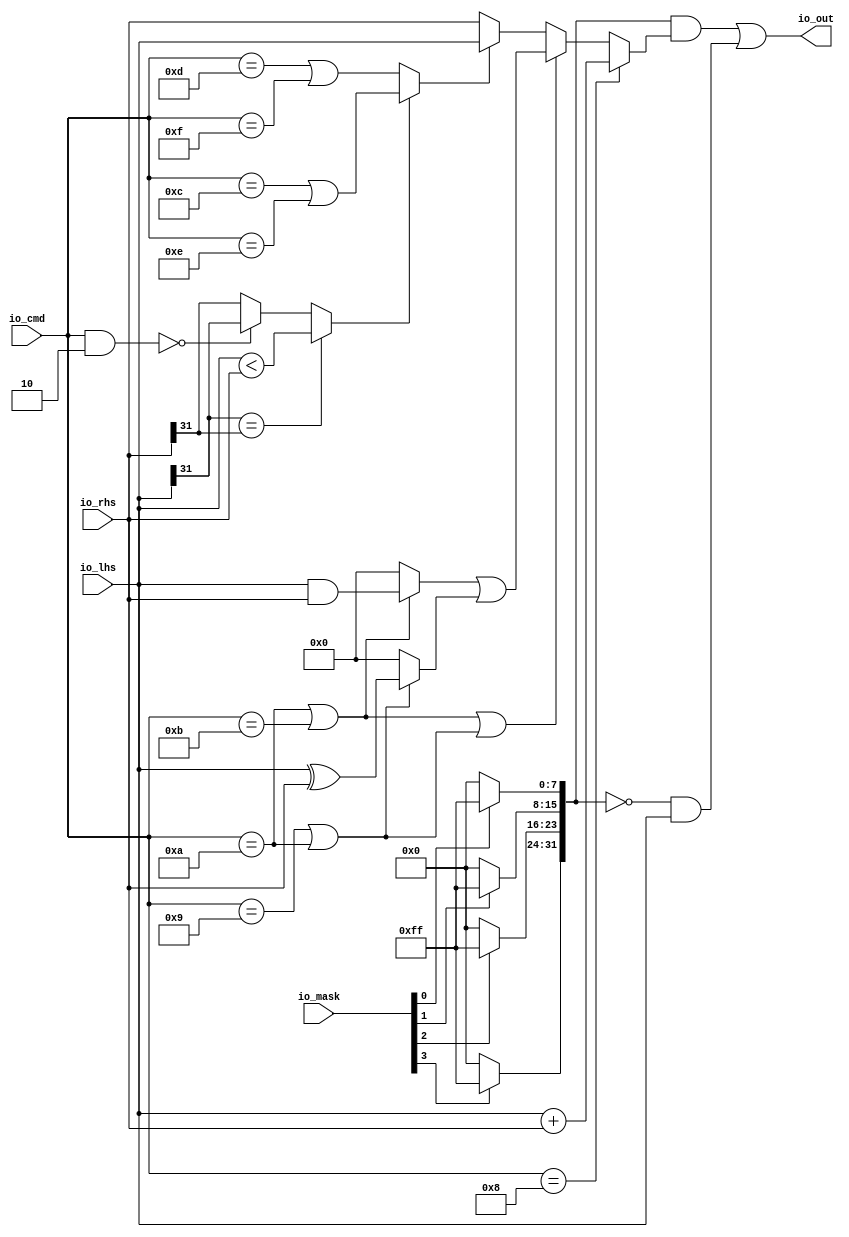
// Copyright (c) 2017, Microsemi Corporation
// All rights reserved.
//
// Redistribution and use in source and binary forms, with or without
// modification, are permitted provided that the following conditions are met:
//     * Redistributions of source code must retain the above copyright
//       notice, this list of conditions and the following disclaimer.
//     * Redistributions in binary form must reproduce the above copyright
//       notice, this list of conditions and the following disclaimer in the
//       documentation and/or other materials provided with the distribution.
//     * Neither the name of the <organization> nor the
//       names of its contributors may be used to endorse or promote products
//       derived from this software without specific prior written permission.
//
// THIS SOFTWARE IS PROVIDED BY THE COPYRIGHT HOLDERS AND CONTRIBUTORS "AS IS" AND
// ANY EXPRESS OR IMPLIED WARRANTIES, INCLUDING, BUT NOT LIMITED TO, THE IMPLIED
// WARRANTIES OF MERCHANTABILITY AND FITNESS FOR A PARTICULAR PURPOSE ARE
// DISCLAIMED. IN NO EVENT SHALL MICROSEMI CORPORATIONM BE LIABLE FOR ANY
// DIRECT, INDIRECT, INCIDENTAL, SPECIAL, EXEMPLARY, OR CONSEQUENTIAL DAMAGES
// (INCLUDING, BUT NOT LIMITED TO, PROCUREMENT OF SUBSTITUTE GOODS OR SERVICES;
// LOSS OF USE, DATA, OR PROFITS; OR BUSINESS INTERRUPTION) HOWEVER CAUSED AND
// ON ANY THEORY OF LIABILITY, WHETHER IN CONTRACT, STRICT LIABILITY, OR TORT
// (INCLUDING NEGLIGENCE OR OTHERWISE) ARISING IN ANY WAY OUT OF THE USE OF THIS
// SOFTWARE, EVEN IF ADVISED OF THE POSSIBILITY OF SUCH DAMAGE.
//
// APACHE LICENSE
// Copyright (c) 2017, Microsemi Corporation 
//
// Licensed under the Apache License, Version 2.0 (the "License");
// you may not use this file except in compliance with the License.
// You may obtain a copy of the License at
//
//    http://www.apache.org/licenses/LICENSE-2.0
//
// Unless required by applicable law or agreed to in writing, software
// distributed under the License is distributed on an "AS IS" BASIS,
// WITHOUT WARRANTIES OR CONDITIONS OF ANY KIND, either express or implied.
// See the License for the specific language governing permissions and
// limitations under the License.
//
// Description:
//
// SVN Revision Information:
// SVN $Revision: $
// SVN $Date: $
//
// Resolved SARs
// SAR      Date     Who   Description
//
// Notes:
//
// ****************************************************************************/
`ifndef RANDOMIZE_REG_INIT 
	 `define RANDOMIZE_REG_INIT 
 `endif
`ifndef RANDOMIZE_MEM_INIT 
	 `define RANDOMIZE_MEM_INIT 
 `endif
`ifndef RANDOMIZE 
	 `define RANDOMIZE 
`endif

`timescale 1ns/10ps
module MiV_AXI_MiV_AXI_0_MIV_RV32IMA_L1_AXI_AMOALU( // @[:freechips.rocketchip.system.MivRV32ImaL1AhbConfig.fir@101537.2]
  input  [3:0]  io_mask, // @[:freechips.rocketchip.system.MivRV32ImaL1AhbConfig.fir@101540.4]
  input  [4:0]  io_cmd, // @[:freechips.rocketchip.system.MivRV32ImaL1AhbConfig.fir@101540.4]
  input  [31:0] io_lhs, // @[:freechips.rocketchip.system.MivRV32ImaL1AhbConfig.fir@101540.4]
  input  [31:0] io_rhs, // @[:freechips.rocketchip.system.MivRV32ImaL1AhbConfig.fir@101540.4]
  output [31:0] io_out // @[:freechips.rocketchip.system.MivRV32ImaL1AhbConfig.fir@101540.4]
);
  wire  _T_8; // @[AMOALU.scala 61:20:freechips.rocketchip.system.MivRV32ImaL1AhbConfig.fir@101545.4]
  wire  _T_10; // @[AMOALU.scala 61:43:freechips.rocketchip.system.MivRV32ImaL1AhbConfig.fir@101546.4]
  wire  max; // @[AMOALU.scala 61:33:freechips.rocketchip.system.MivRV32ImaL1AhbConfig.fir@101547.4]
  wire  _T_12; // @[AMOALU.scala 62:20:freechips.rocketchip.system.MivRV32ImaL1AhbConfig.fir@101548.4]
  wire  _T_14; // @[AMOALU.scala 62:43:freechips.rocketchip.system.MivRV32ImaL1AhbConfig.fir@101549.4]
  wire  min; // @[AMOALU.scala 62:33:freechips.rocketchip.system.MivRV32ImaL1AhbConfig.fir@101550.4]
  wire  add; // @[AMOALU.scala 63:20:freechips.rocketchip.system.MivRV32ImaL1AhbConfig.fir@101551.4]
  wire  _T_17; // @[AMOALU.scala 64:26:freechips.rocketchip.system.MivRV32ImaL1AhbConfig.fir@101552.4]
  wire  _T_19; // @[AMOALU.scala 64:48:freechips.rocketchip.system.MivRV32ImaL1AhbConfig.fir@101553.4]
  wire  logic_and; // @[AMOALU.scala 64:38:freechips.rocketchip.system.MivRV32ImaL1AhbConfig.fir@101554.4]
  wire  _T_21; // @[AMOALU.scala 65:26:freechips.rocketchip.system.MivRV32ImaL1AhbConfig.fir@101555.4]
  wire  logic_xor; // @[AMOALU.scala 65:39:freechips.rocketchip.system.MivRV32ImaL1AhbConfig.fir@101557.4]
  wire [32:0] _T_24; // @[AMOALU.scala 68:35:freechips.rocketchip.system.MivRV32ImaL1AhbConfig.fir@101558.4]
  wire [31:0] adder_out; // @[AMOALU.scala 68:35:freechips.rocketchip.system.MivRV32ImaL1AhbConfig.fir@101559.4]
  wire [4:0] _T_28; // @[AMOALU.scala 77:15:freechips.rocketchip.system.MivRV32ImaL1AhbConfig.fir@101561.4]
  wire  _T_31; // @[AMOALU.scala 77:23:freechips.rocketchip.system.MivRV32ImaL1AhbConfig.fir@101563.4]
  wire  _T_32; // @[AMOALU.scala 81:17:freechips.rocketchip.system.MivRV32ImaL1AhbConfig.fir@101564.4]
  wire  _T_33; // @[AMOALU.scala 81:32:freechips.rocketchip.system.MivRV32ImaL1AhbConfig.fir@101565.4]
  wire  _T_34; // @[AMOALU.scala 81:22:freechips.rocketchip.system.MivRV32ImaL1AhbConfig.fir@101566.4]
  wire  _T_35; // @[AMOALU.scala 81:45:freechips.rocketchip.system.MivRV32ImaL1AhbConfig.fir@101567.4]
  wire  _T_38; // @[AMOALU.scala 81:58:freechips.rocketchip.system.MivRV32ImaL1AhbConfig.fir@101570.4]
  wire  less; // @[AMOALU.scala 81:10:freechips.rocketchip.system.MivRV32ImaL1AhbConfig.fir@101571.4]
  wire  _T_39; // @[AMOALU.scala 95:23:freechips.rocketchip.system.MivRV32ImaL1AhbConfig.fir@101572.4]
  wire [31:0] minmax; // @[AMOALU.scala 95:19:freechips.rocketchip.system.MivRV32ImaL1AhbConfig.fir@101573.4]
  wire [31:0] _T_40; // @[AMOALU.scala 97:27:freechips.rocketchip.system.MivRV32ImaL1AhbConfig.fir@101574.4]
  wire [31:0] _T_42; // @[AMOALU.scala 97:8:freechips.rocketchip.system.MivRV32ImaL1AhbConfig.fir@101575.4]
  wire [31:0] _T_43; // @[AMOALU.scala 98:27:freechips.rocketchip.system.MivRV32ImaL1AhbConfig.fir@101576.4]
  wire [31:0] _T_45; // @[AMOALU.scala 98:8:freechips.rocketchip.system.MivRV32ImaL1AhbConfig.fir@101577.4]
  wire [31:0] logic$; // @[AMOALU.scala 97:42:freechips.rocketchip.system.MivRV32ImaL1AhbConfig.fir@101578.4]
  wire  _T_46; // @[AMOALU.scala 101:19:freechips.rocketchip.system.MivRV32ImaL1AhbConfig.fir@101579.4]
  wire [31:0] _T_47; // @[AMOALU.scala 101:8:freechips.rocketchip.system.MivRV32ImaL1AhbConfig.fir@101580.4]
  wire [31:0] out; // @[AMOALU.scala 100:8:freechips.rocketchip.system.MivRV32ImaL1AhbConfig.fir@101581.4]
  wire  _T_48; // @[Bitwise.scala 27:51:freechips.rocketchip.system.MivRV32ImaL1AhbConfig.fir@101582.4]
  wire  _T_49; // @[Bitwise.scala 27:51:freechips.rocketchip.system.MivRV32ImaL1AhbConfig.fir@101583.4]
  wire  _T_50; // @[Bitwise.scala 27:51:freechips.rocketchip.system.MivRV32ImaL1AhbConfig.fir@101584.4]
  wire  _T_51; // @[Bitwise.scala 27:51:freechips.rocketchip.system.MivRV32ImaL1AhbConfig.fir@101585.4]
  wire [7:0] _T_55; // @[Bitwise.scala 72:12:freechips.rocketchip.system.MivRV32ImaL1AhbConfig.fir@101587.4]
  wire [7:0] _T_59; // @[Bitwise.scala 72:12:freechips.rocketchip.system.MivRV32ImaL1AhbConfig.fir@101589.4]
  wire [7:0] _T_63; // @[Bitwise.scala 72:12:freechips.rocketchip.system.MivRV32ImaL1AhbConfig.fir@101591.4]
  wire [7:0] _T_67; // @[Bitwise.scala 72:12:freechips.rocketchip.system.MivRV32ImaL1AhbConfig.fir@101593.4]
  wire [15:0] _T_68; // @[Cat.scala 30:58:freechips.rocketchip.system.MivRV32ImaL1AhbConfig.fir@101594.4]
  wire [15:0] _T_69; // @[Cat.scala 30:58:freechips.rocketchip.system.MivRV32ImaL1AhbConfig.fir@101595.4]
  wire [31:0] wmask; // @[Cat.scala 30:58:freechips.rocketchip.system.MivRV32ImaL1AhbConfig.fir@101596.4]
  wire [31:0] _T_70; // @[AMOALU.scala 105:19:freechips.rocketchip.system.MivRV32ImaL1AhbConfig.fir@101597.4]
  wire [31:0] _T_71; // @[AMOALU.scala 105:27:freechips.rocketchip.system.MivRV32ImaL1AhbConfig.fir@101598.4]
  wire [31:0] _T_72; // @[AMOALU.scala 105:34:freechips.rocketchip.system.MivRV32ImaL1AhbConfig.fir@101599.4]
  wire [31:0] _T_73; // @[AMOALU.scala 105:25:freechips.rocketchip.system.MivRV32ImaL1AhbConfig.fir@101600.4]
  assign _T_8 = io_cmd == 5'hd; // @[AMOALU.scala 61:20:freechips.rocketchip.system.MivRV32ImaL1AhbConfig.fir@101545.4]
  assign _T_10 = io_cmd == 5'hf; // @[AMOALU.scala 61:43:freechips.rocketchip.system.MivRV32ImaL1AhbConfig.fir@101546.4]
  assign max = _T_8 | _T_10; // @[AMOALU.scala 61:33:freechips.rocketchip.system.MivRV32ImaL1AhbConfig.fir@101547.4]
  assign _T_12 = io_cmd == 5'hc; // @[AMOALU.scala 62:20:freechips.rocketchip.system.MivRV32ImaL1AhbConfig.fir@101548.4]
  assign _T_14 = io_cmd == 5'he; // @[AMOALU.scala 62:43:freechips.rocketchip.system.MivRV32ImaL1AhbConfig.fir@101549.4]
  assign min = _T_12 | _T_14; // @[AMOALU.scala 62:33:freechips.rocketchip.system.MivRV32ImaL1AhbConfig.fir@101550.4]
  assign add = io_cmd == 5'h8; // @[AMOALU.scala 63:20:freechips.rocketchip.system.MivRV32ImaL1AhbConfig.fir@101551.4]
  assign _T_17 = io_cmd == 5'ha; // @[AMOALU.scala 64:26:freechips.rocketchip.system.MivRV32ImaL1AhbConfig.fir@101552.4]
  assign _T_19 = io_cmd == 5'hb; // @[AMOALU.scala 64:48:freechips.rocketchip.system.MivRV32ImaL1AhbConfig.fir@101553.4]
  assign logic_and = _T_17 | _T_19; // @[AMOALU.scala 64:38:freechips.rocketchip.system.MivRV32ImaL1AhbConfig.fir@101554.4]
  assign _T_21 = io_cmd == 5'h9; // @[AMOALU.scala 65:26:freechips.rocketchip.system.MivRV32ImaL1AhbConfig.fir@101555.4]
  assign logic_xor = _T_21 | _T_17; // @[AMOALU.scala 65:39:freechips.rocketchip.system.MivRV32ImaL1AhbConfig.fir@101557.4]
  assign _T_24 = io_lhs + io_rhs; // @[AMOALU.scala 68:35:freechips.rocketchip.system.MivRV32ImaL1AhbConfig.fir@101558.4]
  assign adder_out = _T_24[31:0]; // @[AMOALU.scala 68:35:freechips.rocketchip.system.MivRV32ImaL1AhbConfig.fir@101559.4]
  assign _T_28 = io_cmd & 5'h2; // @[AMOALU.scala 77:15:freechips.rocketchip.system.MivRV32ImaL1AhbConfig.fir@101561.4]
  assign _T_31 = _T_28 == 5'h0; // @[AMOALU.scala 77:23:freechips.rocketchip.system.MivRV32ImaL1AhbConfig.fir@101563.4]
  assign _T_32 = io_lhs[31]; // @[AMOALU.scala 81:17:freechips.rocketchip.system.MivRV32ImaL1AhbConfig.fir@101564.4]
  assign _T_33 = io_rhs[31]; // @[AMOALU.scala 81:32:freechips.rocketchip.system.MivRV32ImaL1AhbConfig.fir@101565.4]
  assign _T_34 = _T_32 == _T_33; // @[AMOALU.scala 81:22:freechips.rocketchip.system.MivRV32ImaL1AhbConfig.fir@101566.4]
  assign _T_35 = io_lhs < io_rhs; // @[AMOALU.scala 81:45:freechips.rocketchip.system.MivRV32ImaL1AhbConfig.fir@101567.4]
  assign _T_38 = _T_31 ? _T_32 : _T_33; // @[AMOALU.scala 81:58:freechips.rocketchip.system.MivRV32ImaL1AhbConfig.fir@101570.4]
  assign less = _T_34 ? _T_35 : _T_38; // @[AMOALU.scala 81:10:freechips.rocketchip.system.MivRV32ImaL1AhbConfig.fir@101571.4]
  assign _T_39 = less ? min : max; // @[AMOALU.scala 95:23:freechips.rocketchip.system.MivRV32ImaL1AhbConfig.fir@101572.4]
  assign minmax = _T_39 ? io_lhs : io_rhs; // @[AMOALU.scala 95:19:freechips.rocketchip.system.MivRV32ImaL1AhbConfig.fir@101573.4]
  assign _T_40 = io_lhs & io_rhs; // @[AMOALU.scala 97:27:freechips.rocketchip.system.MivRV32ImaL1AhbConfig.fir@101574.4]
  assign _T_42 = logic_and ? _T_40 : 32'h0; // @[AMOALU.scala 97:8:freechips.rocketchip.system.MivRV32ImaL1AhbConfig.fir@101575.4]
  assign _T_43 = io_lhs ^ io_rhs; // @[AMOALU.scala 98:27:freechips.rocketchip.system.MivRV32ImaL1AhbConfig.fir@101576.4]
  assign _T_45 = logic_xor ? _T_43 : 32'h0; // @[AMOALU.scala 98:8:freechips.rocketchip.system.MivRV32ImaL1AhbConfig.fir@101577.4]
  assign logic$ = _T_42 | _T_45; // @[AMOALU.scala 97:42:freechips.rocketchip.system.MivRV32ImaL1AhbConfig.fir@101578.4]
  assign _T_46 = logic_and | logic_xor; // @[AMOALU.scala 101:19:freechips.rocketchip.system.MivRV32ImaL1AhbConfig.fir@101579.4]
  assign _T_47 = _T_46 ? logic$ : minmax; // @[AMOALU.scala 101:8:freechips.rocketchip.system.MivRV32ImaL1AhbConfig.fir@101580.4]
  assign out = add ? adder_out : _T_47; // @[AMOALU.scala 100:8:freechips.rocketchip.system.MivRV32ImaL1AhbConfig.fir@101581.4]
  assign _T_48 = io_mask[0]; // @[Bitwise.scala 27:51:freechips.rocketchip.system.MivRV32ImaL1AhbConfig.fir@101582.4]
  assign _T_49 = io_mask[1]; // @[Bitwise.scala 27:51:freechips.rocketchip.system.MivRV32ImaL1AhbConfig.fir@101583.4]
  assign _T_50 = io_mask[2]; // @[Bitwise.scala 27:51:freechips.rocketchip.system.MivRV32ImaL1AhbConfig.fir@101584.4]
  assign _T_51 = io_mask[3]; // @[Bitwise.scala 27:51:freechips.rocketchip.system.MivRV32ImaL1AhbConfig.fir@101585.4]
  assign _T_55 = _T_48 ? 8'hff : 8'h0; // @[Bitwise.scala 72:12:freechips.rocketchip.system.MivRV32ImaL1AhbConfig.fir@101587.4]
  assign _T_59 = _T_49 ? 8'hff : 8'h0; // @[Bitwise.scala 72:12:freechips.rocketchip.system.MivRV32ImaL1AhbConfig.fir@101589.4]
  assign _T_63 = _T_50 ? 8'hff : 8'h0; // @[Bitwise.scala 72:12:freechips.rocketchip.system.MivRV32ImaL1AhbConfig.fir@101591.4]
  assign _T_67 = _T_51 ? 8'hff : 8'h0; // @[Bitwise.scala 72:12:freechips.rocketchip.system.MivRV32ImaL1AhbConfig.fir@101593.4]
  assign _T_68 = {_T_59,_T_55}; // @[Cat.scala 30:58:freechips.rocketchip.system.MivRV32ImaL1AhbConfig.fir@101594.4]
  assign _T_69 = {_T_67,_T_63}; // @[Cat.scala 30:58:freechips.rocketchip.system.MivRV32ImaL1AhbConfig.fir@101595.4]
  assign wmask = {_T_69,_T_68}; // @[Cat.scala 30:58:freechips.rocketchip.system.MivRV32ImaL1AhbConfig.fir@101596.4]
  assign _T_70 = wmask & out; // @[AMOALU.scala 105:19:freechips.rocketchip.system.MivRV32ImaL1AhbConfig.fir@101597.4]
  assign _T_71 = ~ wmask; // @[AMOALU.scala 105:27:freechips.rocketchip.system.MivRV32ImaL1AhbConfig.fir@101598.4]
  assign _T_72 = _T_71 & io_lhs; // @[AMOALU.scala 105:34:freechips.rocketchip.system.MivRV32ImaL1AhbConfig.fir@101599.4]
  assign _T_73 = _T_70 | _T_72; // @[AMOALU.scala 105:25:freechips.rocketchip.system.MivRV32ImaL1AhbConfig.fir@101600.4]
  assign io_out = _T_73;
endmodule